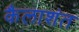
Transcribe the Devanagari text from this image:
कैलाशंत